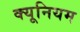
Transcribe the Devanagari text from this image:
क्यूनियम